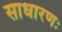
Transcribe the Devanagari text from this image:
साधारणः